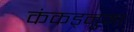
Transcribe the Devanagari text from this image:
कंकड़नुमा